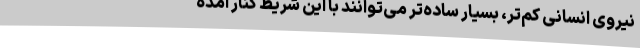
نیروی انسانی کم‌تر، بسیار ساده‌تر می‌توانند با این شریط کنار آمده